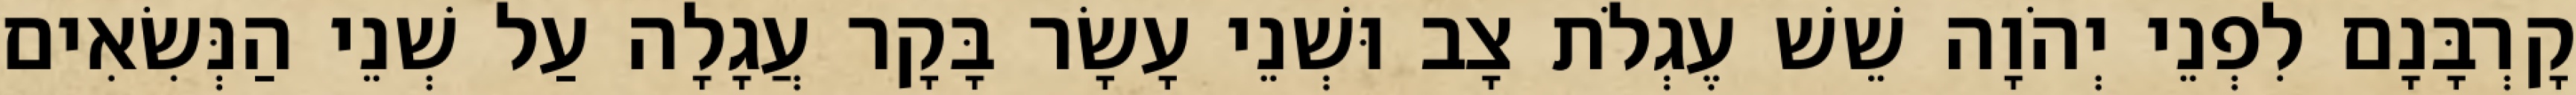
קָרְבָּנָם לִפְנֵי יְהֹוָה שֵׁשׁ עֶגְלֹת צָב וּשְׁנֵי עָשָׂר בָּקָר עֲגָלָה עַל שְׁנֵי הַנְּשִׂאִים